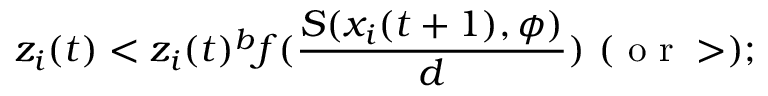
z _ { i } ( t ) < z _ { i } ( t ) ^ { b } f ( \frac { S ( x _ { i } ( t + 1 ) , \phi ) } { d } ) ~ ( \mathrm { ~ o ~ r ~ } > ) ;